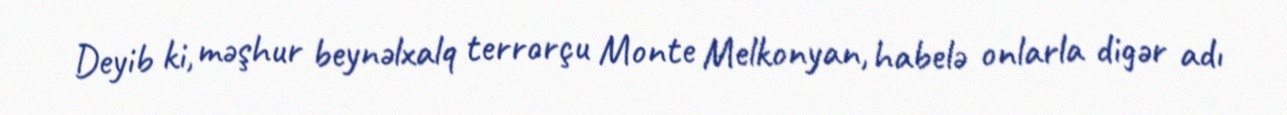
Deyib ki, məşhur beynəlxalq terrorçu Monte Melkonyan, habelə onlarla digər adı